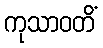
ကုသာဝတိံ